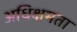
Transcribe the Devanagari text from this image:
अधिक्षमता